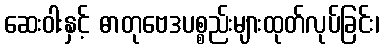
ဆေးဝါးနှင့် ဓာတုဗေဒပစ္စည်းများထုတ်လုပ်ခြင်း၊